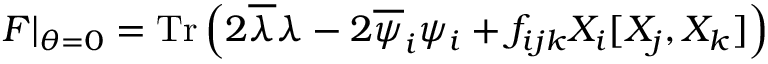
{ \cal F } \vert _ { \theta = 0 } = \mathrm { T r } \left( 2 \overline { { { \lambda } } } \lambda - 2 \overline { { { \psi } } } _ { i } \psi _ { i } + f _ { i j k } X _ { i } [ X _ { j } , X _ { k } ] \right)